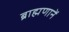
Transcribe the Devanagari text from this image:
ब्राह्मणानें